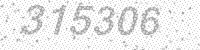
Solution: 315306